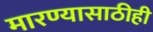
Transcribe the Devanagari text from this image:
मारण्यासाठीही